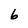
Character: 6